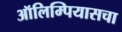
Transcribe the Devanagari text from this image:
ऑलिम्पियासचा